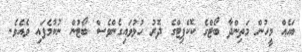
ބައެއް މީހުން މަތިންދާ ބޯޓްގެ ކޮކްޕިޓްގެ ދޮރު ހުޅުވައިގެންވެސް ބޯޓުން ނުކުމެފައި ވެއެވެ.